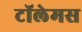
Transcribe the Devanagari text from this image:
टॉलेमस